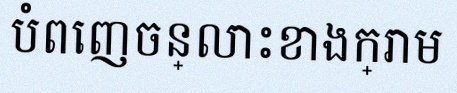
បំពេញចន្លោះខាងក្រោម